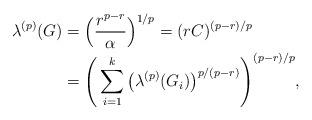
LaTeX: \begin{align*}\lambda^{(p)}(G) & =\Big(\frac{r^{p-r}}{\alpha}\Big)^{1/p}=(rC)^{(p-r)/p}\\& =\Bigg(\sum_{i=1}^k\big(\lambda^{(p)}(G_i)\big)^{p/(p-r)}\Bigg)^{(p-r)/p}, \end{align*}